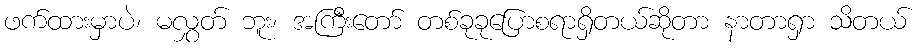
ဖက်ထားမှာပဲ၊ မလွှတ် ဘူး၊ အကြီးတော် တစ်ခုခုပြောစရာရှိတယ်ဆိုတာ နာတာရှာ သိတယ်